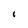
Character: I